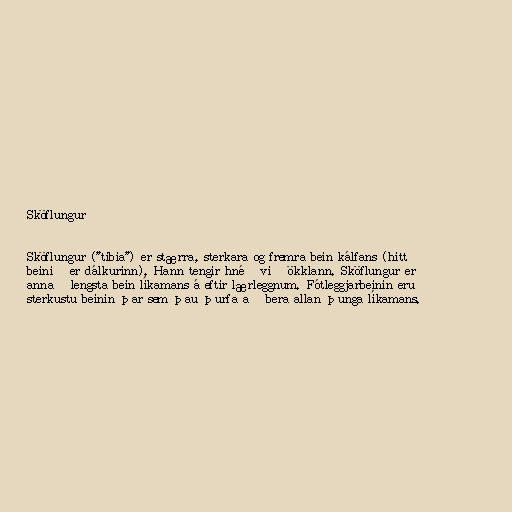
Sköflungur

Sköflungur ("tibia") er stærra, sterkara og fremra bein kálfans (hitt
beinið er dálkurinn). Hann tengir hnéð við ökklann. Sköflungur er
annað lengsta bein líkamans á eftir lærleggnum. Fótleggjarbeinin eru
sterkustu beinin þar sem þau þurfa að bera allan þunga líkamans.